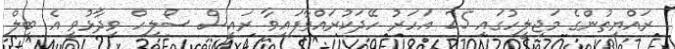
ރައްޔިތުންގެ މަޖިލީހުގައި 25 އަހަރު ހޭދަކުރައްވާފައިވާ ރައީސް ސޯލިހް ވިދާޅުވީ އެ ބިލް